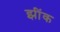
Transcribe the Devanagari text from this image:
झींक